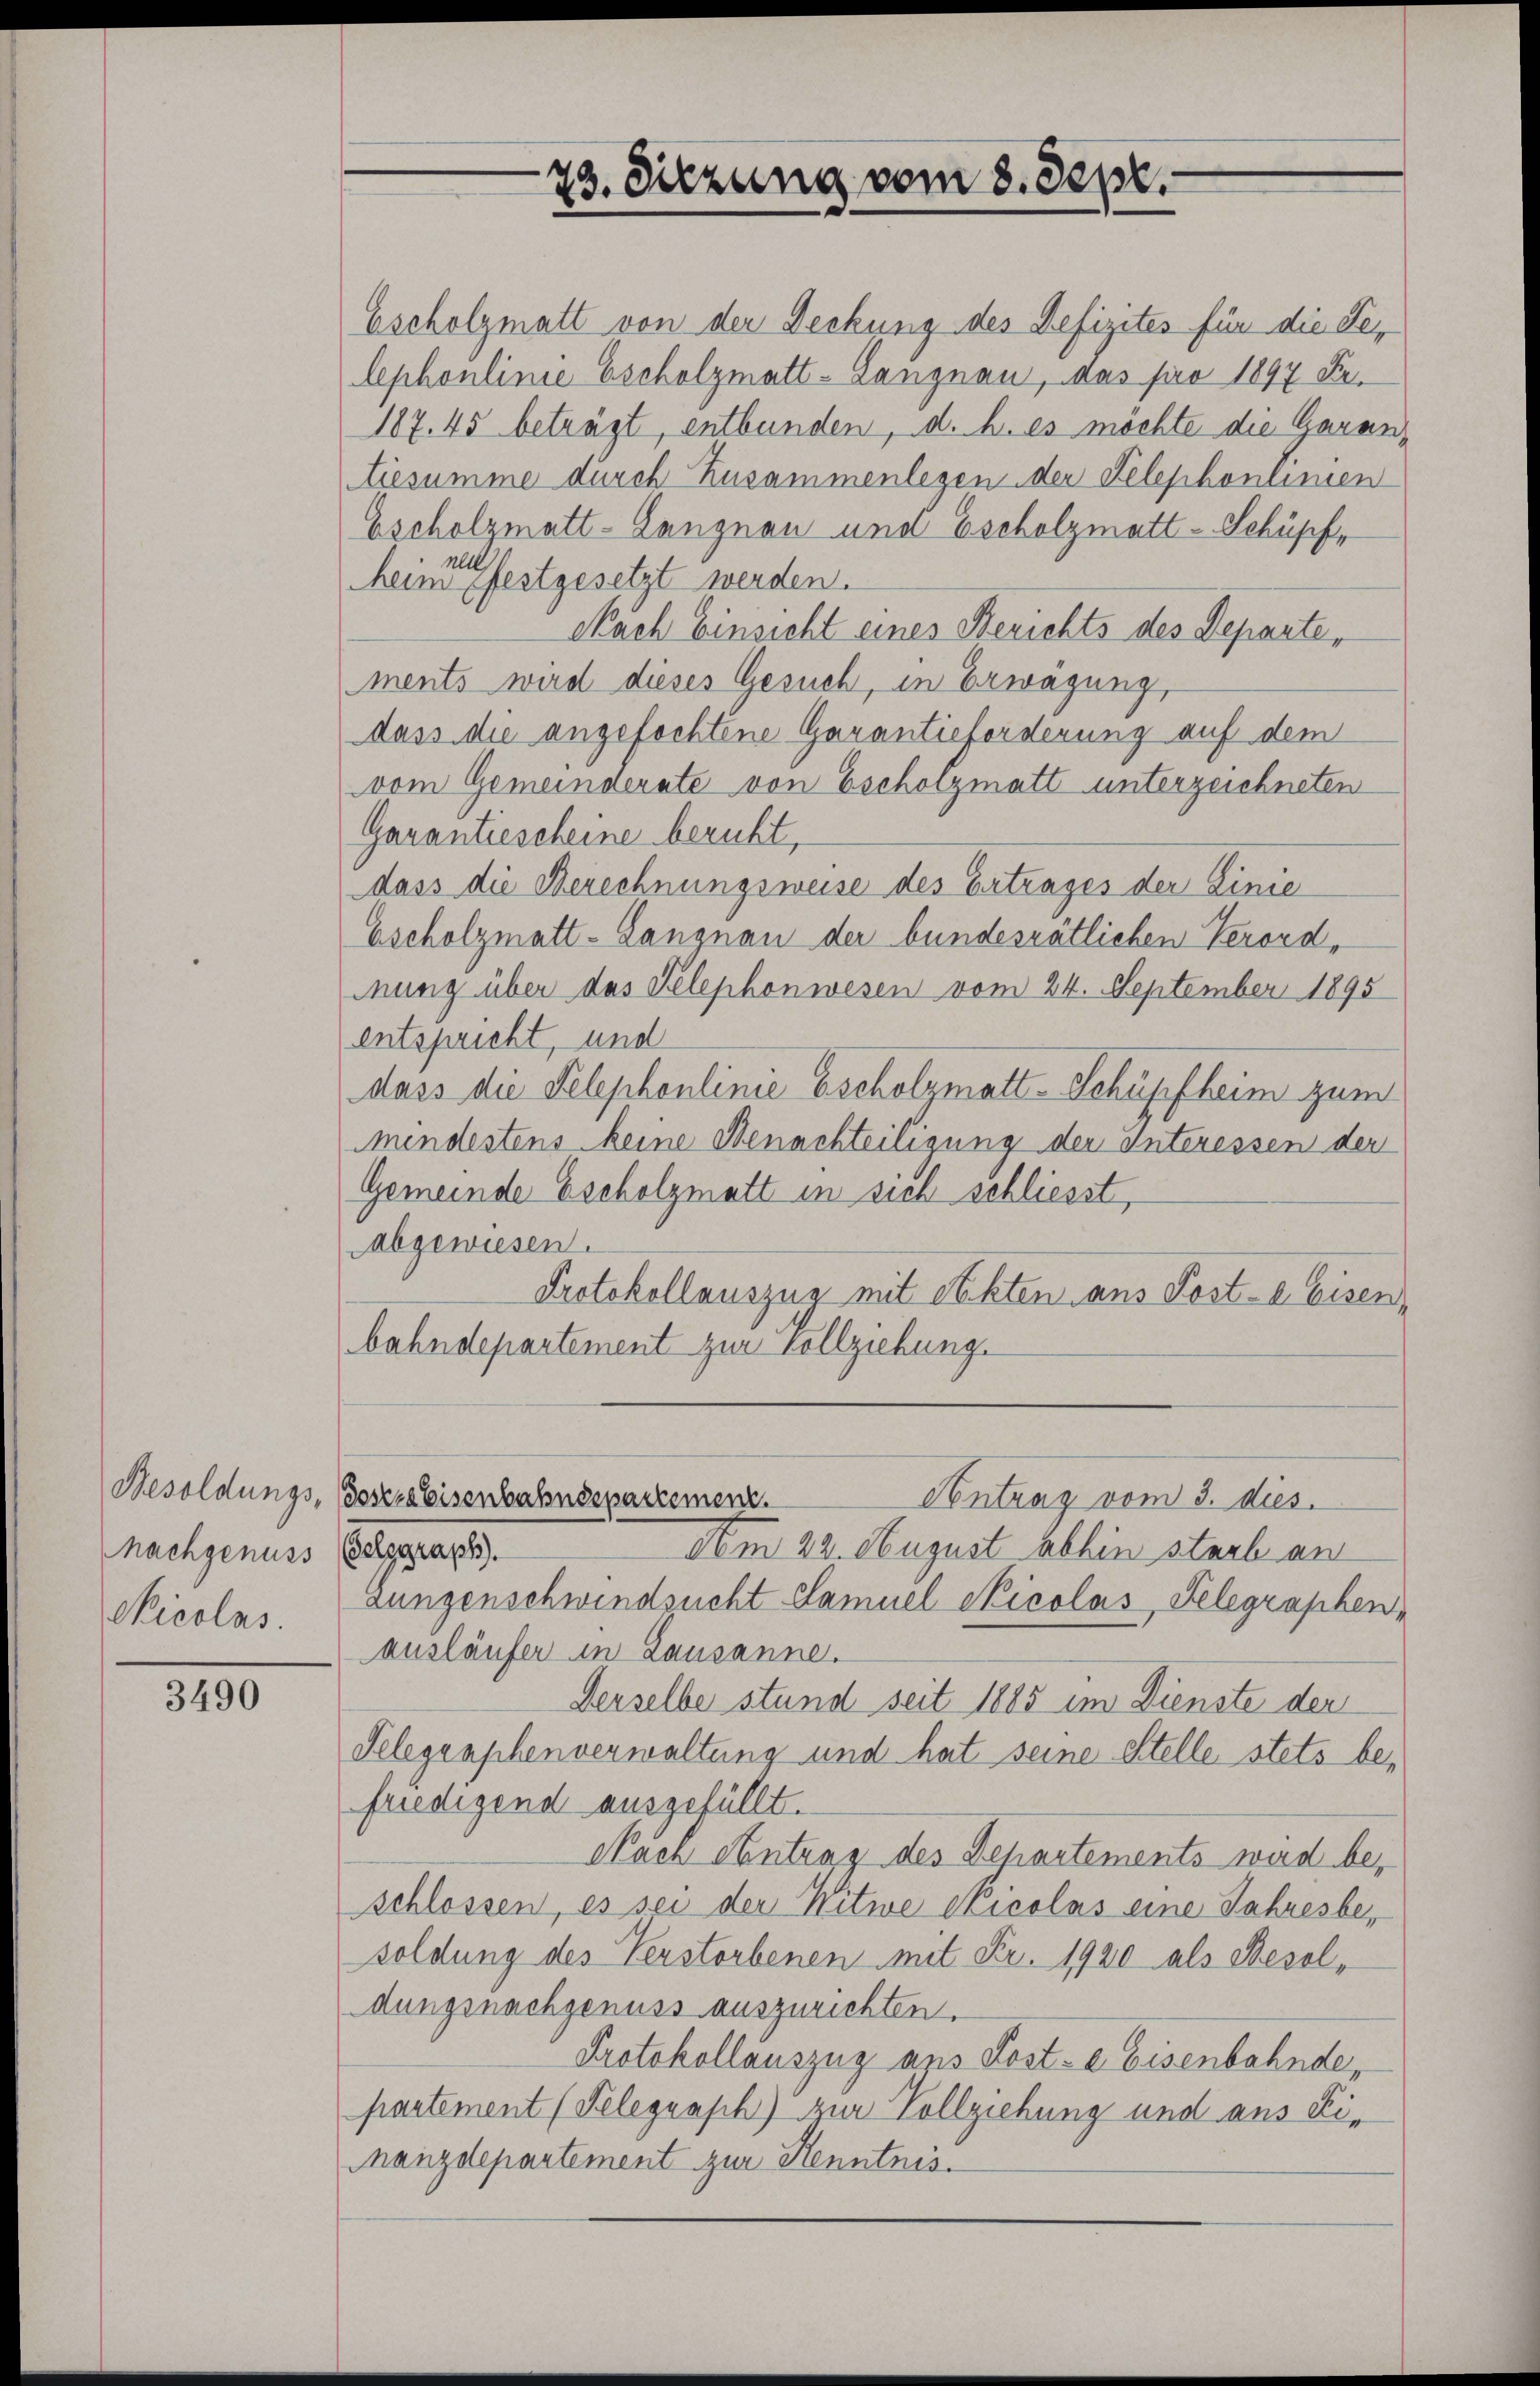
Besoldungs-
nachgenuss
Sicolas.

3490

73. Sitzung vom 8. Sept.

Escholzmatt von der Deckung des Defizites für die Selephonlinie Escholzmatt-Langnau, das pro 1897 Fr.
187. 45 beträgt, entbunden, d. h. es möchte die Garantiesumme durch Zusammenlegen der Telephonlinien
Escholzmatt-Langnau und Escholzmatt-Schüpf,
heine festgesetzt werden.
Nach Einsicht eines Berichts des Departe,
ments wird dieses Gesuch, in Erwägung,
dass die angefochtene Garantieforderung auf dem
vom Gemeinderate von Escholzmatt unterzeichneten
Garantiescheine beruht,
dass die Berechnungsweise des Ertrages der Linie
Gscholzmatt-Langnau der bundesrätlichen Verord-
mung über das Telephonwesen vom 24. September 1895
entspricht, und
dass die Telephonlinie Escholzmatt-Schüpfheim zum
mendestens keine Benachteiligung der Interessen der
Gemeinde Escholzmatt in sich schliesst,
abgewiesen.
Protokollauszug mit Steckten aus Post-a Eisen,
bahndepartement zur Vollziehung.
oseze Eisenbahndepartement.
Contrag vom 3. dies
Gelegraph.
Am 22. August abhin starb an
Lungenschwindsucht Samuel Nicolas, Telegraphen,
ausläufer in Lausanne.
Derselbe stund seit 1885 im Dienste der
Telegraphenverwaltung und hat seine Stelle stets befriedigend ausgefüllt.
Nach Antrag des Departements wird beschlossen, es sei der Nitwe Nicolas eine Jahresbesoldung des Verstorbenen mit Fr. 1920 als Besoldungsnachgenuss auszurichten.
Protokollauszug aus Koste Eisenbahnde,
partement (Telegraph) zur Vollziehung und aus Finanzdepartement zur Henntnis.